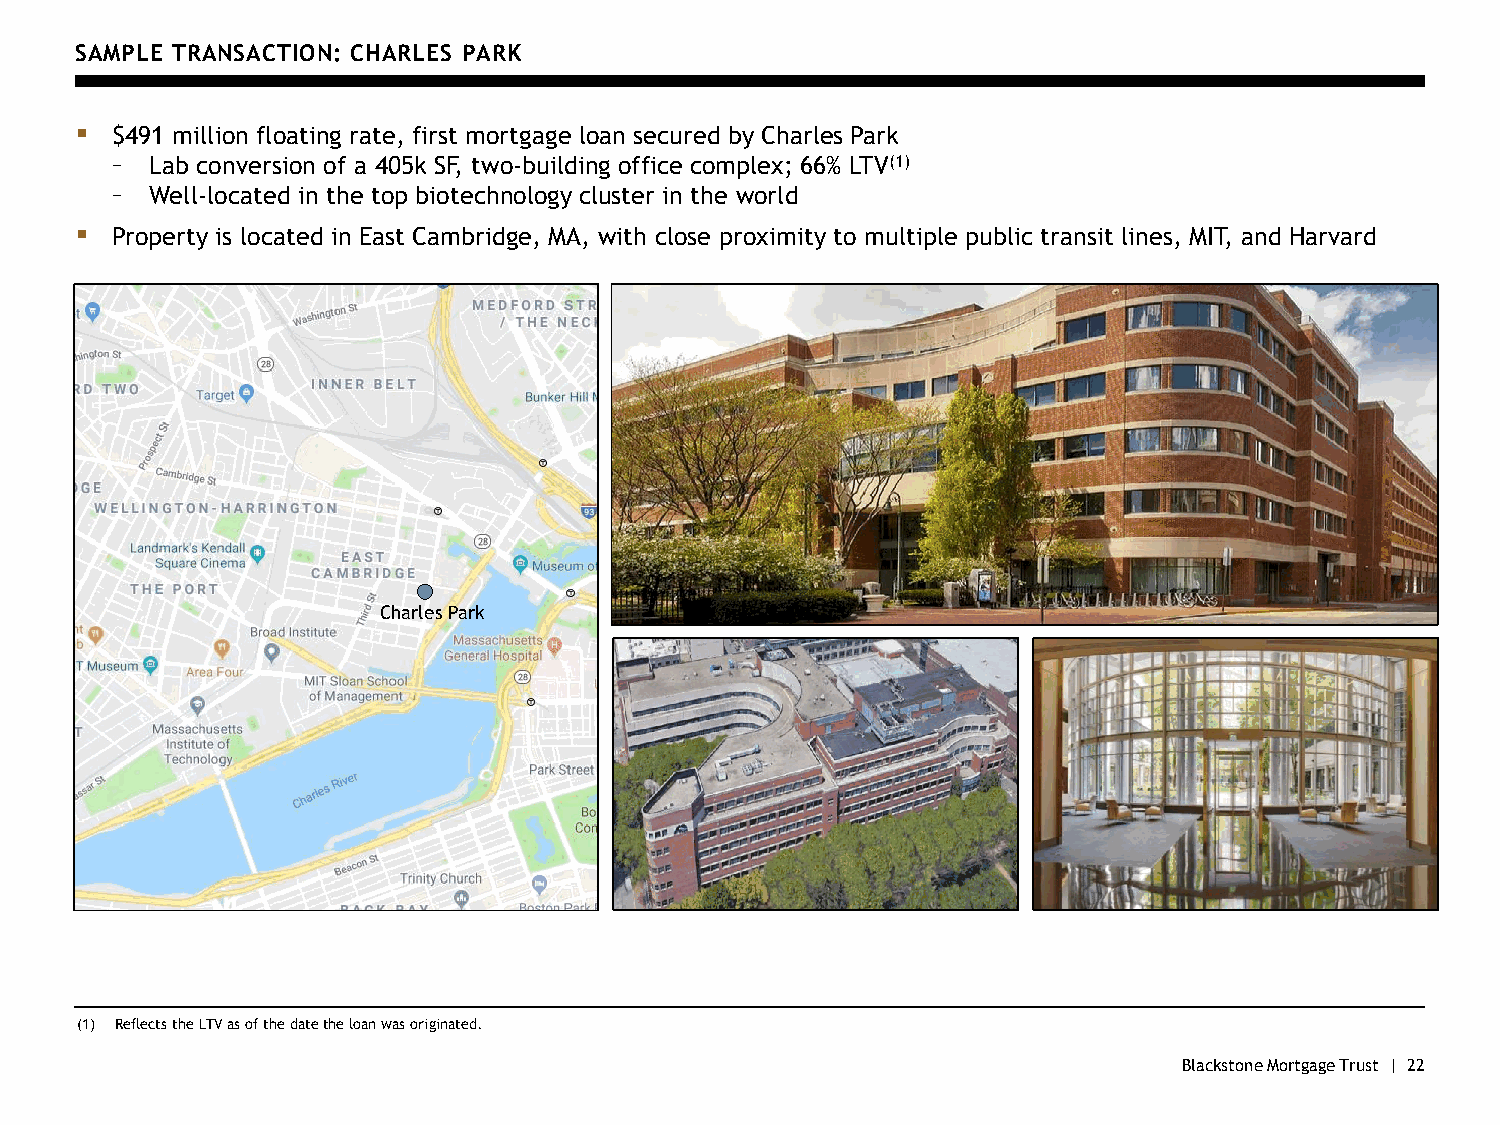
SAMPLE TRANSACTION: CHARLES PARK
 ▪ $491 million floating rate, first mortgage loan secured by Charles Park
 –  Lab conversion of a 405k SF, two-building office complex; 66% LTV(1)
 –  Well-located in the top biotechnology cluster in the world
 ▪ Property is located in East Cambridge, MA, with close proximity to multiple public transit lines, MIT, and Harvard
 Aldwych House
 Charles Park
 Five Acre Square
 (1) Reflects the LTV as of the date the loan was originated.
 Blackstone Mortgage Trust | 22